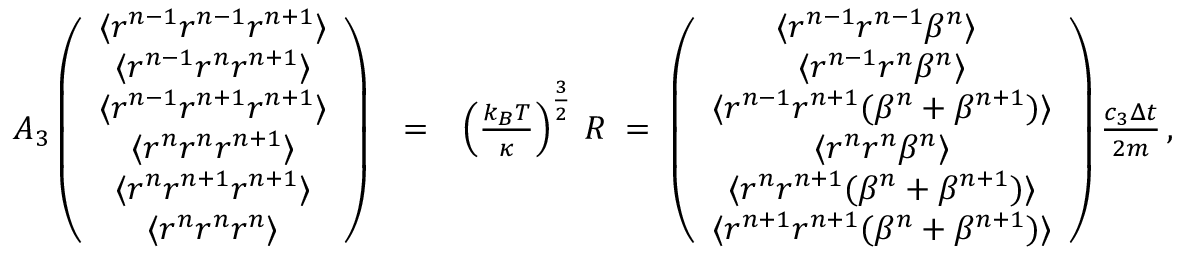
\begin{array} { r l r } { { \cal A } _ { 3 } \left( \begin{array} { c } { \langle r ^ { n - 1 } r ^ { n - 1 } r ^ { n + 1 } \rangle } \\ { \langle r ^ { n - 1 } r ^ { n } r ^ { n + 1 } \rangle } \\ { \langle r ^ { n - 1 } r ^ { n + 1 } r ^ { n + 1 } \rangle } \\ { \langle r ^ { n } r ^ { n } r ^ { n + 1 } \rangle } \\ { \langle r ^ { n } r ^ { n + 1 } r ^ { n + 1 } \rangle } \\ { \langle r ^ { n } r ^ { n } r ^ { n } \rangle } \end{array} \right) } & { = } & { \left( \frac { k _ { B } T } { \kappa } \right) ^ { \frac { 3 } { 2 } } \, { \cal R } \; = \; \left( \begin{array} { c } { \langle r ^ { n - 1 } r ^ { n - 1 } \beta ^ { n } \rangle \ } \\ { \langle r ^ { n - 1 } r ^ { n } \beta ^ { n } \rangle } \\ { \langle r ^ { n - 1 } r ^ { n + 1 } ( \beta ^ { n } + \beta ^ { n + 1 } ) \rangle } \\ { \langle r ^ { n } r ^ { n } \beta ^ { n } \rangle } \\ { \langle r ^ { n } r ^ { n + 1 } ( \beta ^ { n } + \beta ^ { n + 1 } ) \rangle } \\ { \langle r ^ { n + 1 } r ^ { n + 1 } ( \beta ^ { n } + \beta ^ { n + 1 } ) \rangle } \end{array} \right) \frac { c _ { 3 } \Delta { t } } { 2 m } \, , } \end{array}